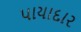
પાયાદાર